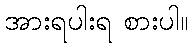
အားရပါးရ စားပါ။